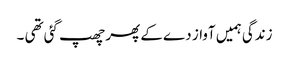
زندگی ہمیں آواز دے کے پھر چھپ گئی تھی ۔